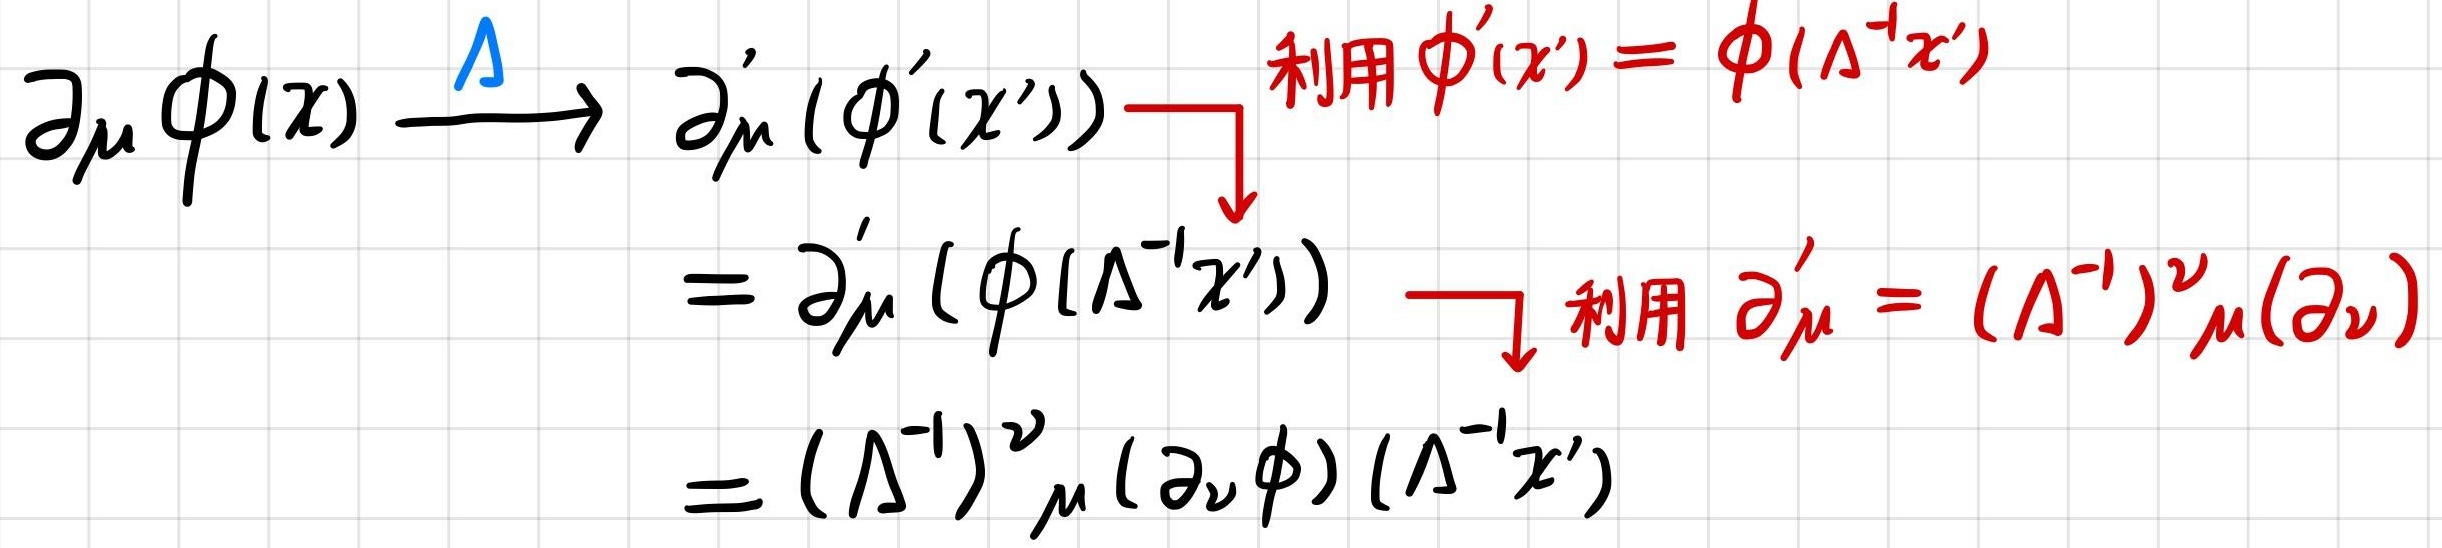
\[
\begin{align*}
\partial_{\mu}\phi(x) &\xrightarrow{\Lambda} \partial'_{\mu}(\phi'(x'))\\
&=\partial'_{\mu}(\phi(\Lambda^{-1}x')) \quad \text{利用} \ \phi'(x') = \phi(\Lambda^{-1}x')\\
&= (\Lambda^{-1})^{\nu}{}_{\mu}(\partial_{\nu}\phi)(\Lambda^{-1}x') \quad \text{利用} \ \partial'_{\mu}=(\Lambda^{-1})^{\nu}{}_{\mu}(\partial_{\nu})
\end{align*}
\]